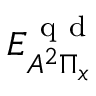
{ E } _ { A ^ { 2 } \Pi _ { x } } ^ { \mathrm { ~ q ~ d ~ } }